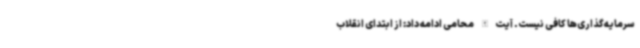
سرمایه‌گذاری‌ها کافی نیست. آیت‌الله محامی ادامه داد: از ابتدای انقلاب